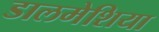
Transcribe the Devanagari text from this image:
डालमेशिया